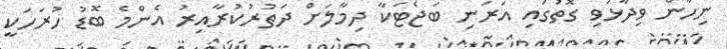
ނިހާން ވިދާޅުވި ގޮތުގައި އަރަނި ބަޖެޓަކާ ދިމާލަށް ދަތުރުކުރާއިރު އެންމެ ބޮޑު ހުރަހަކީ